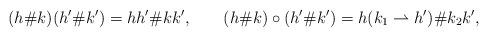
LaTeX: \begin{align*} &(h\#k)(h'\#k')=hh'\#kk',&& (h\#k)\circ (h'\#k')=h(k_1\rightharpoonup h')\# k_2k',\end{align*}